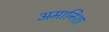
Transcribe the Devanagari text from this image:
अमानिशा